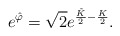
\begin{align*}e^{\hat{\varphi}} = \sqrt{2} e^{\frac{\tilde{K}}{2}-\frac{K}{2}}.\end{align*}